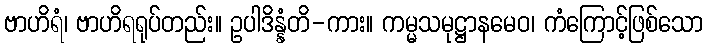
ဗာဟိရံ၊ ဗာဟိရရုပ်တည်း။ ဥပါဒိန္နံတိ-ကား။ ကမ္မသမုဋ္ဌာနမေဝ၊ ကံကြောင့်ဖြစ်သော